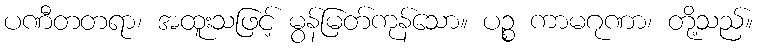
ပဏီတတရာ၊ အထူးသဖြင့် မွန်မြတ်ကုန်သော။ ပဉ္စ ကာမဂုဏာ၊ တို့သည်။